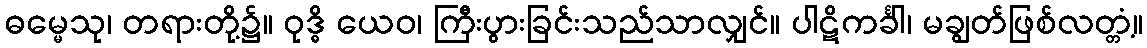
ဓမ္မေသု၊ တရားတို့၌။ ဝုဒ္ဓိ ယေဝ၊ ကြီးပွားခြင်းသည်သာလျှင်။ ပါဋိကင်္ခါ၊ မချွတ်ဖြစ်လတ္တံ့။